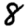
Digit: 8